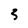
Character: 5